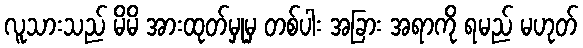
လူသားသည် မိမိ အားထုတ်မှုမှ တစ်ပါး အခြား အရာကို ရမည် မဟုတ်